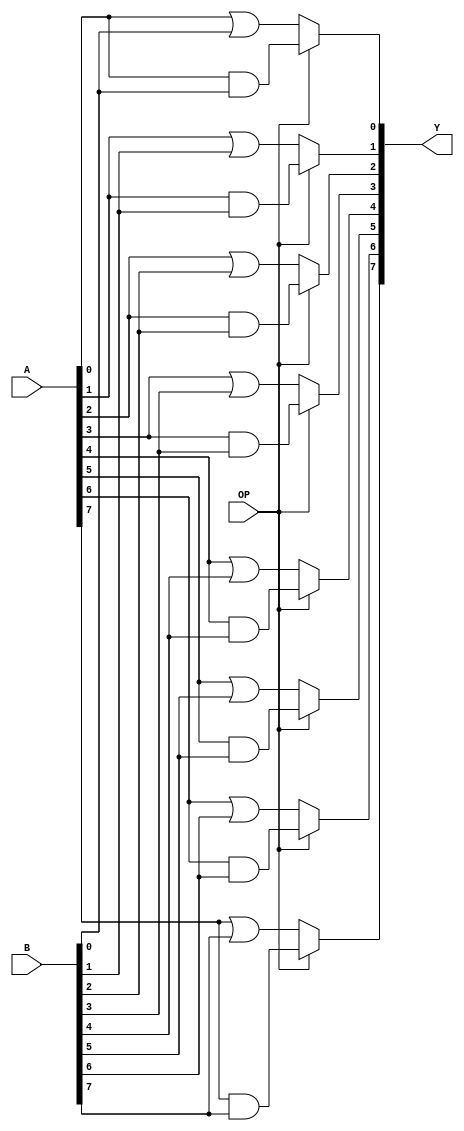
module logical(A, B, OP, Y); // add all inputs and outputs inside parentheses
  //inputs
	input [7:0] A;
	input [7:0] B;
	input OP;
	
	output [7:0] Y;
	reg [7:0] Y;

  //outputs
  always @(OP,A,B) begin
	  if (OP == 1) begin
			Y[0] <= A[0] & B[0];
			Y[1] <= A[1] & B[1];
			Y[2] <= A[2] & B[2];
			Y[3] <= A[3] & B[3];
			Y[4] <= A[4] & B[4];
			Y[5] <= A[5] & B[5];
			Y[6] <= A[6] & B[6];
			Y[7] <= A[7] & B[7];
		end
		else begin
			Y[0] <= A[0] | B[0];
			Y[1] <= A[1] | B[1];
			Y[2] <= A[2] | B[2];
			Y[3] <= A[3] | B[3];
			Y[4] <= A[4] | B[4];
			Y[5] <= A[5] | B[5];
			Y[6] <= A[6] | B[6];
			Y[7] <= A[7] | B[7];
		end
  end

endmodule